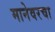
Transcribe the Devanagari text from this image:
मानेवरचा